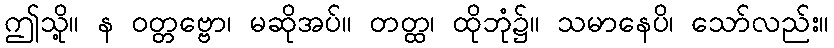
ဤသို့။ န ဝတ္တဗ္ဗော၊ မဆိုအပ်။ တတ္ထ၊ ထိုဘုံ၌။ သမာနေပိ၊ သော်လည်း။